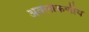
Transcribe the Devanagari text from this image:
अवलोकणीय